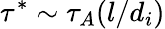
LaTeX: \tau^{*}\sim\tau_{A}(l/d_{i})